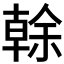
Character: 𠏉